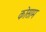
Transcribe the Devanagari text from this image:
कोसाम